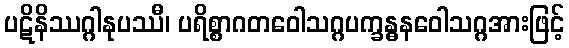
ပဋိနိဿဂ္ဂါနုပဿီ၊ ပရိစ္စာဂတဝေါသဂ္ဂပက္ခန္ဓနဝေါသဂ္ဂအားဖြင့်